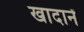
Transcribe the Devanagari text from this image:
खादानें